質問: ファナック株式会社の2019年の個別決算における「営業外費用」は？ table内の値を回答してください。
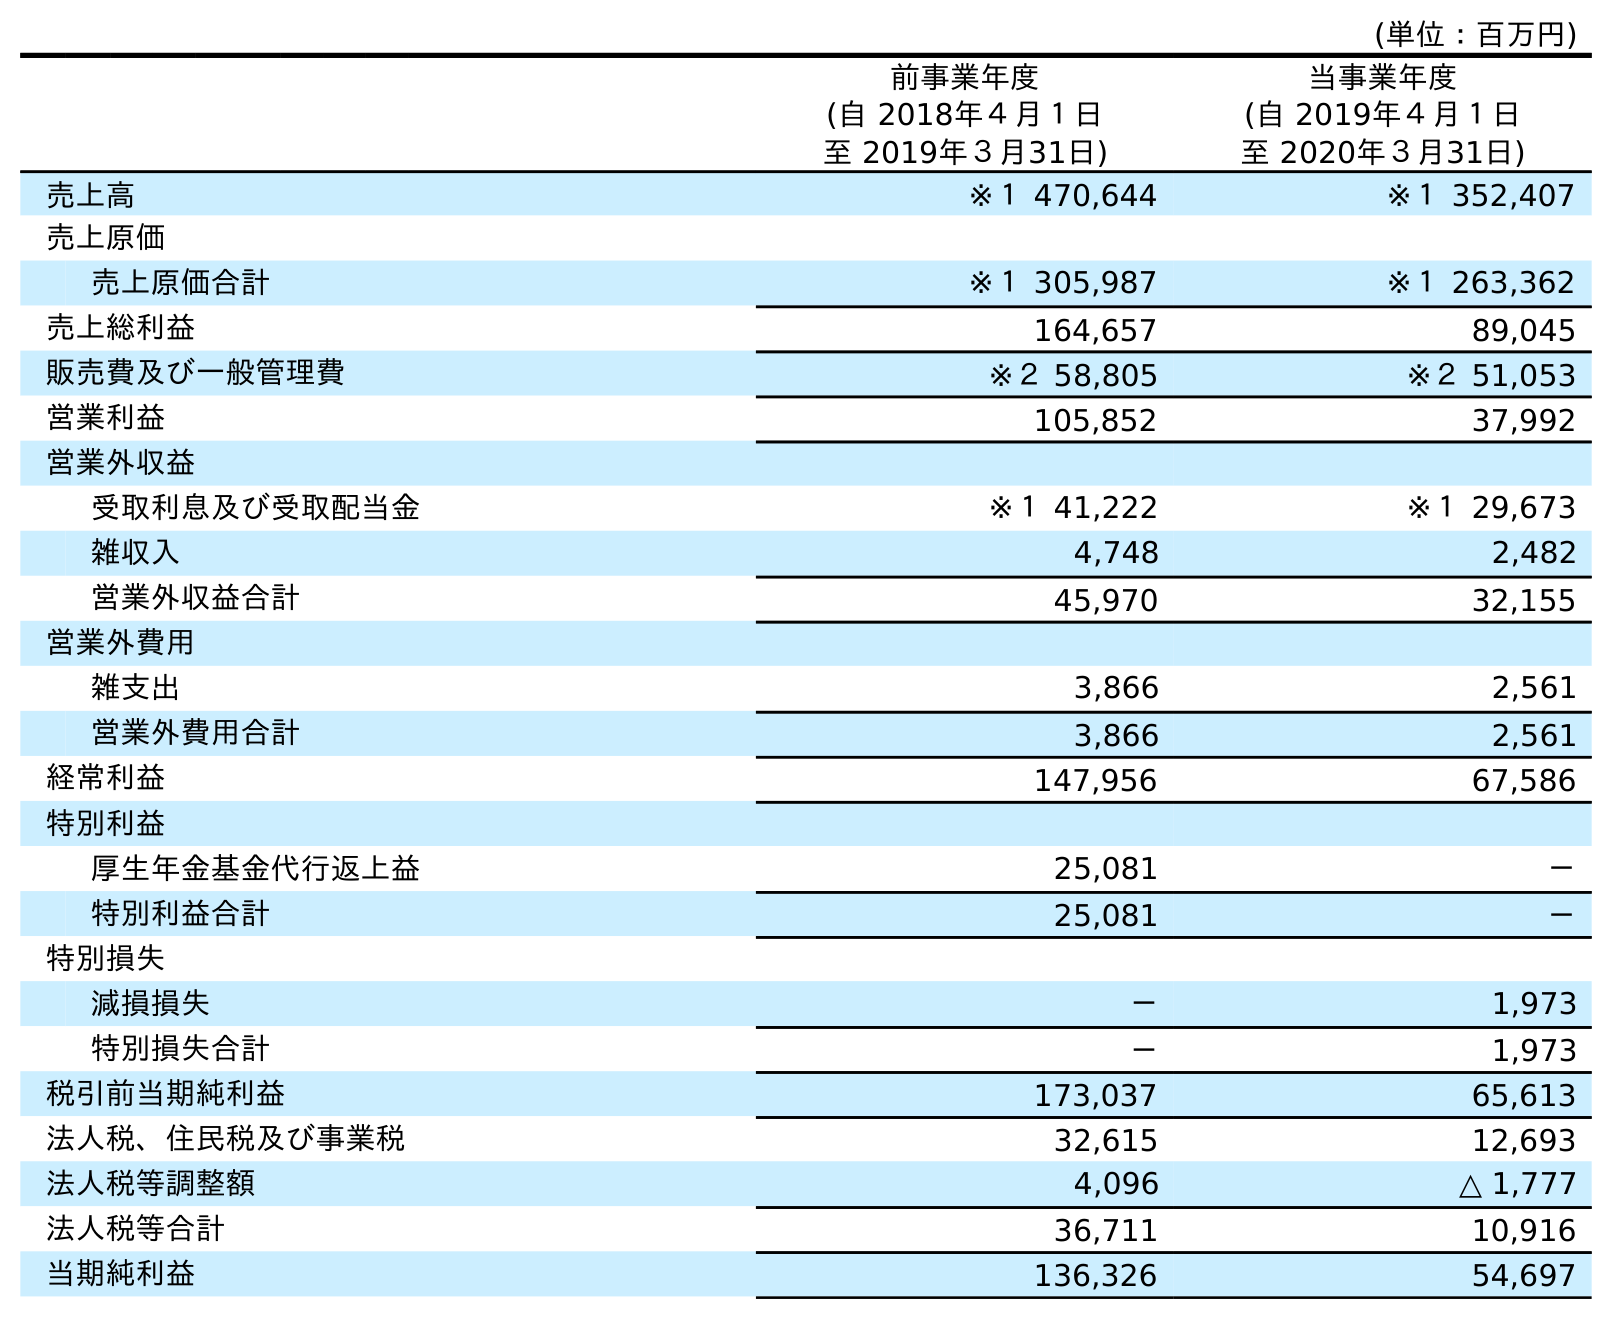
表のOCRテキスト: (単位：百万円) 前事業年度 (自 2018年４月１日 至 2019年３月31日) 当事業年度 (自 2019年４月１日 至 2020年３月31日) 売上高 ※１ 470,644 ※１ 352,407 売上原価 売上原価合計 ※１ 305,987 ※１ 263,362 売上総利益 164,657 89,045 販売費及び一般管理費 ※２ 58,805 ※２ 51,053 営業利益 105,852 37,992 営業外収益 受取利息及び受取配当金 ※１ 41,222 ※１ 29,673 雑収入 4,748 2,482 営業外収益合計 45,970 32,155 営業外費用 雑支出 3,866 2,561 営業外費用合計 3,866 2,561 経常利益 147,956 67,586 特別利益 厚生年金基金代行返上益 25,081 － 特別利益合計 25,081 － 特別損失 減損損失 － 1,973 特別損失合計 － 1,973 税引前当期純利益 173,037 65,613 法人税、住民税及び事業税 32,615 12,693 法人税等調整額 4,096 △ 1,777 法人税等合計 36,711 10,916 当期純利益 136,326 54,697
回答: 3,866